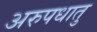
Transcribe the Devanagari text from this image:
अरुपधातु